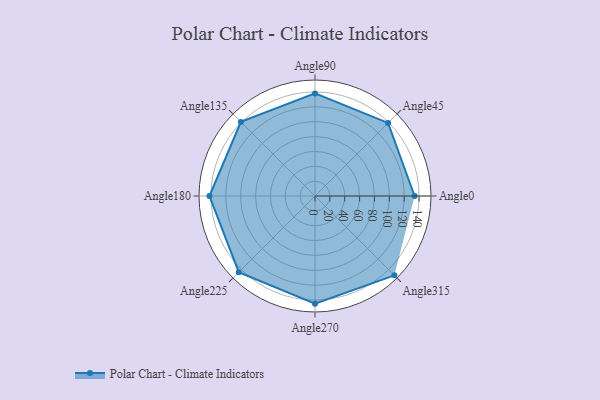
{"axis": {"x": "Angle", "y": "Radius"}, "legend": [""], "data": [{"x": "Angle0", "y": 134.0, "type": ""}, {"x": "Angle45", "y": 139.0, "type": ""}, {"x": "Angle90", "y": 138.0, "type": ""}, {"x": "Angle135", "y": 141.0, "type": ""}, {"x": "Angle180", "y": 142.0, "type": ""}, {"x": "Angle225", "y": 145.0, "type": ""}, {"x": "Angle270", "y": 145.0, "type": ""}, {"x": "Angle315", "y": 151.0, "type": ""}]}